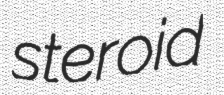
steroid